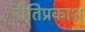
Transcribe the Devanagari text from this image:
नीतिप्रकाश